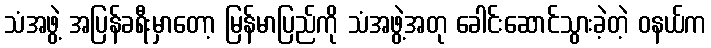
သံအဖွဲ့ အပြန်ခရီးမှာတော့ မြန်မာပြည်ကို သံအဖွဲ့အတု ခေါင်းဆောင်သွားခဲ့တဲ့ ဝနယ်က